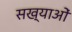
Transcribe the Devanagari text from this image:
सख्याओं